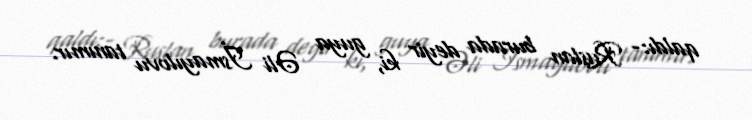
qaldı:- Ruslan burada deyir ki, guya Əli İsmayılovu tanımır.